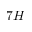
7 H